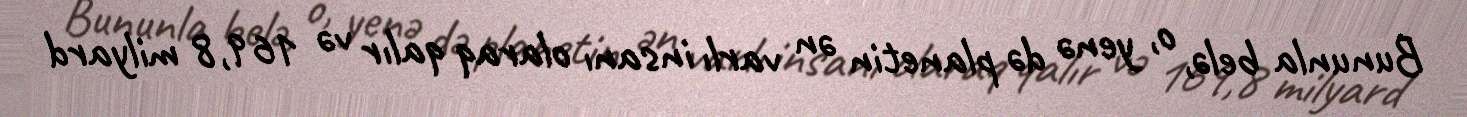
Bununla belə, o, yenə də planetin ən varlı insanı olaraq qalır və 169,8 milyard